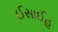
ઈસાઈહ